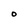
Character: 0